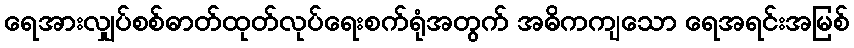
ရေအားလျှပ်စစ်ဓာတ်ထုတ်လုပ်ရေးစက်ရုံအတွက် အဓိကကျသော ရေအရင်းအမြစ်